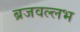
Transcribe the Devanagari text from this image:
ब्रजवल्लभ